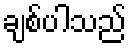
ချစ်ပါသည်